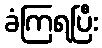
ခံကြရပြီး